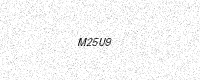
Text: M25U9